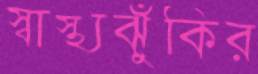
স্বাস্থ্যঝুঁকির